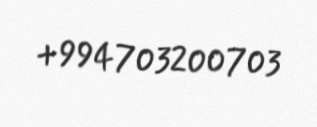
+994703200703